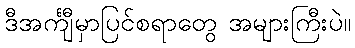
ဒီအင်္ကျီမှာပြင်စရာတွေ အများကြီးပဲ။